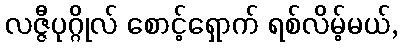
လဇ္ဇီပုဂ္ဂိုလ် စောင့်ရှောက် ရစ်လိမ့်မယ်,